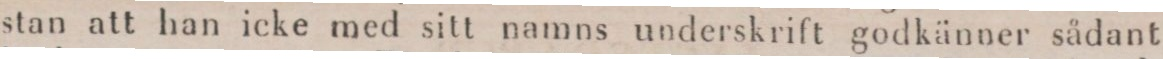
stan att han icke med sitt namns underskrift godkänner sådant